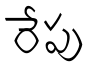
రేపు